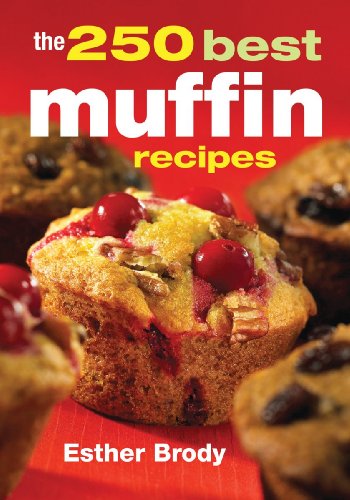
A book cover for The 250 Best Muffin Recipes; Esther Brody; Cookbooks, Food & Wine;